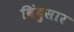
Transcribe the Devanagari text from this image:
विंदुसार